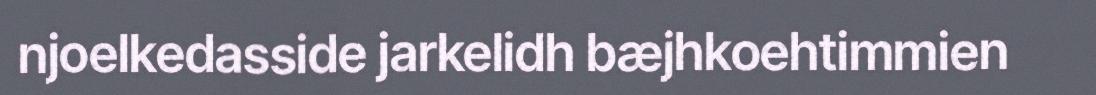
njoelkedasside jarkelidh bæjhkoehtimmien